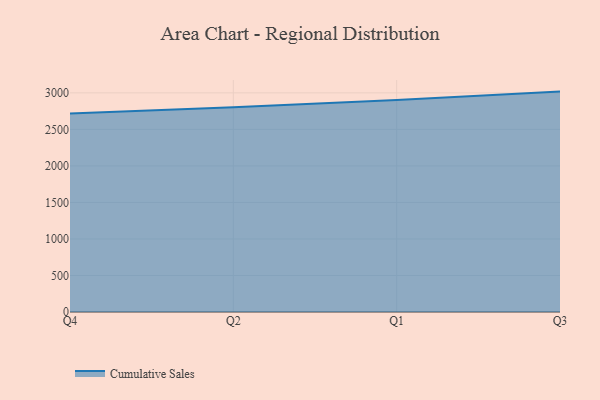
{"axis": {"x": "Quarter", "y": "Revenue (USD Million)"}, "legend": ["Cumulative Sales"], "data": [{"x": "Q4", "y": 2719.2, "type": "Cumulative Sales"}, {"x": "Q2", "y": 2802.8, "type": "Cumulative Sales"}, {"x": "Q1", "y": 2902.7, "type": "Cumulative Sales"}, {"x": "Q3", "y": 3017.4, "type": "Cumulative Sales"}]}